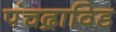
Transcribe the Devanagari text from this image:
पंचद्राविड